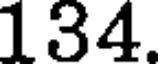
134.